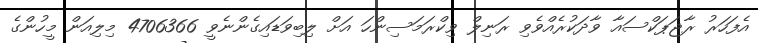
އެފަހަރު ރާޖަޕަކްސައާ ވާދަކުރެއްވެވި ރަނިލް ވިކްރަމަސިންހަ އަށް ލިބިވަޑައިގެންނެވީ 4706366 މިލިއަން މީހުންގެ